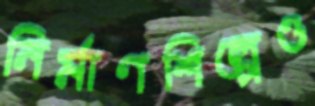
নির্মাণশিল্পেও